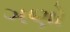
ગણો